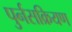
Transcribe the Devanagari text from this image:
पुर्नसक्रियण